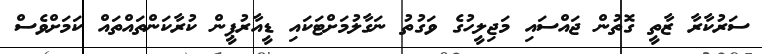
ސަރުކާރާ ޒާތީ ގޮތުން ޖައްސައި މަޖިލީހުގެ ވަގުތު ނަގާލުމަށްޓަކައި ޑީއާރުޕީން ކުރާކަންތައްތައް ކަމަށްވެސް